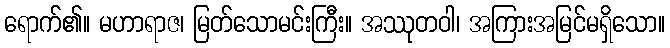
ရောက်၏။ မဟာရာဇ၊ မြတ်သောမင်းကြီး။ အဿုတဝါ၊ အကြားအမြင်မရှိသော။